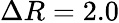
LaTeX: \Delta R=2.0